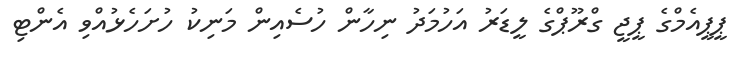
ޕީޕީއެމްގެ ޕީޖީ ގްރޫޕްގެ ލީޑަރު އަހުމަދު ނިހާން ހުސެއިން މަނިކު ހުށަހެޅުއްވި އެންޓި